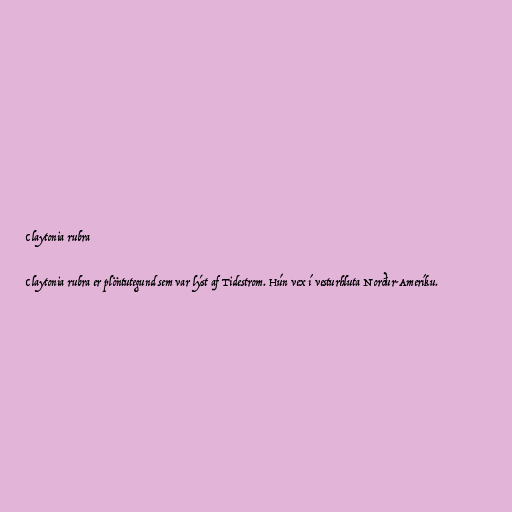
Claytonia rubra

Claytonia rubra er plöntutegund sem var lýst af Tidestrom. Hún vex í vesturhluta Norður-Ameríku.